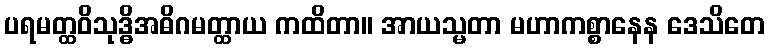
ပရမတ္ထဝိသုဒ္ဓိအဓိဂမတ္ထာယ ကထိတာ။ အာယသ္မတာ မဟာကစ္စာနေန ဒေသိတေ